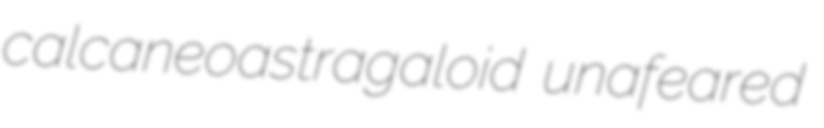
calcaneoastragaloid unafeared